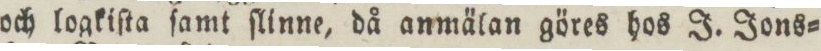
och logkiſta ſamt ſlinne, då anmälan göres hos J. Jons=